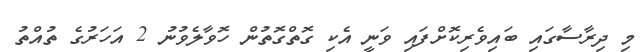
މި ދިރާސާގައި ބައިވެރިކޮށްފައި ވަނީ އެކި ގޮތްގޮތުން ހޮވާލެވުނު 2 އަހަރުގެ ތުއްތު